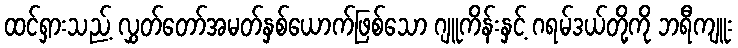
ထင်ရှားသည့် လွှတ်တော်အမတ်နှစ်ယောက်ဖြစ်သော ဂျူကိန်းနှင့် ဂရမ်ဒယ်တို့ကို ဘရီကျူး